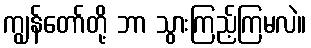
ကျွန်တော်တို့ ဘာ သွားကြည့်ကြမလဲ။